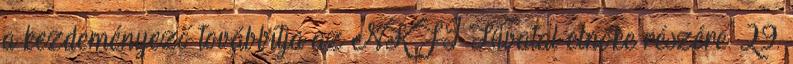
a kezdeményező továbbítja az NKFI Hivatal elnöke részére. 29.